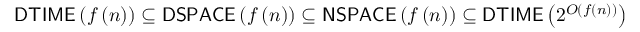
{ \mathsf { D T I M E } } \left( f \left( n \right) \right) \subseteq { \mathsf { D S P A C E } } \left( f \left( n \right) \right) \subseteq { \mathsf { N S P A C E } } \left( f \left( n \right) \right) \subseteq { \mathsf { D T I M E } } \left( 2 ^ { O \left( f \left( n \right) \right) } \right)